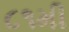
૮૧મી